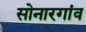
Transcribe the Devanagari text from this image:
सोनारगांव